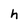
Character: h